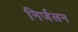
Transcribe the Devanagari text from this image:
निर्जलन